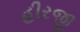
હીરજી